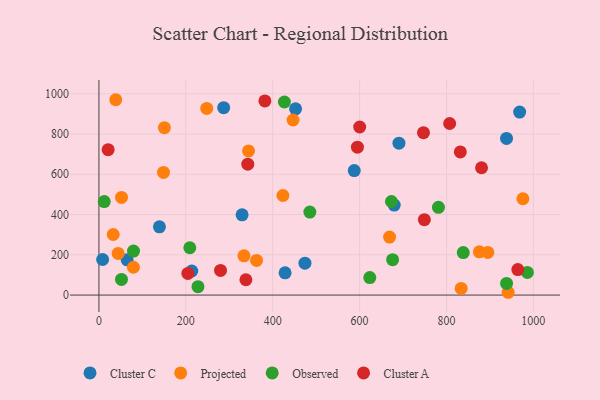
{"axis": {"x": "Engine Size", "y": "Exam Score"}, "legend": ["Cluster A", "Cluster C", "Observed", "Projected"], "data": [{"x": "690.6", "y": 754.4, "type": "Cluster C"}, {"x": "938.2", "y": 778.0, "type": "Cluster C"}, {"x": "64.9", "y": 174.9, "type": "Cluster C"}, {"x": "968.4", "y": 908.9, "type": "Cluster C"}, {"x": "287.1", "y": 930.7, "type": "Cluster C"}, {"x": "452.6", "y": 925.4, "type": "Cluster C"}, {"x": "139.3", "y": 339.1, "type": "Cluster C"}, {"x": "329.5", "y": 398.7, "type": "Cluster C"}, {"x": "428.5", "y": 110.6, "type": "Cluster C"}, {"x": "474.2", "y": 158.4, "type": "Cluster C"}, {"x": "587.7", "y": 618.3, "type": "Cluster C"}, {"x": "8.5", "y": 176.6, "type": "Cluster C"}, {"x": "679.7", "y": 446.9, "type": "Cluster C"}, {"x": "213.7", "y": 119.6, "type": "Cluster C"}, {"x": "79.4", "y": 138.3, "type": "Projected"}, {"x": "895.2", "y": 211.9, "type": "Projected"}, {"x": "32.9", "y": 300.9, "type": "Projected"}, {"x": "248.1", "y": 927.3, "type": "Projected"}, {"x": "942.0", "y": 13.9, "type": "Projected"}, {"x": "833.8", "y": 32.8, "type": "Projected"}, {"x": "150.7", "y": 831.8, "type": "Projected"}, {"x": "52.0", "y": 485.1, "type": "Projected"}, {"x": "423.5", "y": 494.7, "type": "Projected"}, {"x": "362.8", "y": 172.1, "type": "Projected"}, {"x": "875.7", "y": 214.7, "type": "Projected"}, {"x": "148.6", "y": 609.2, "type": "Projected"}, {"x": "669.0", "y": 288.1, "type": "Projected"}, {"x": "975.9", "y": 478.6, "type": "Projected"}, {"x": "38.7", "y": 970.4, "type": "Projected"}, {"x": "446.8", "y": 869.8, "type": "Projected"}, {"x": "344.4", "y": 716.0, "type": "Projected"}, {"x": "44.3", "y": 206.7, "type": "Projected"}, {"x": "333.8", "y": 194.8, "type": "Projected"}, {"x": "676.0", "y": 175.6, "type": "Observed"}, {"x": "79.6", "y": 218.8, "type": "Observed"}, {"x": "938.3", "y": 57.9, "type": "Observed"}, {"x": "673.3", "y": 464.9, "type": "Observed"}, {"x": "426.9", "y": 959.1, "type": "Observed"}, {"x": "51.9", "y": 77.7, "type": "Observed"}, {"x": "209.2", "y": 235.0, "type": "Observed"}, {"x": "781.5", "y": 435.8, "type": "Observed"}, {"x": "228.0", "y": 41.5, "type": "Observed"}, {"x": "986.2", "y": 112.5, "type": "Observed"}, {"x": "12.2", "y": 464.4, "type": "Observed"}, {"x": "623.5", "y": 87.1, "type": "Observed"}, {"x": "838.6", "y": 211.0, "type": "Observed"}, {"x": "485.5", "y": 412.4, "type": "Observed"}, {"x": "880.7", "y": 632.5, "type": "Cluster A"}, {"x": "807.3", "y": 852.4, "type": "Cluster A"}, {"x": "595.0", "y": 734.8, "type": "Cluster A"}, {"x": "600.2", "y": 834.9, "type": "Cluster A"}, {"x": "749.1", "y": 374.4, "type": "Cluster A"}, {"x": "338.3", "y": 76.0, "type": "Cluster A"}, {"x": "21.2", "y": 722.4, "type": "Cluster A"}, {"x": "747.0", "y": 806.7, "type": "Cluster A"}, {"x": "342.6", "y": 650.4, "type": "Cluster A"}, {"x": "964.2", "y": 126.7, "type": "Cluster A"}, {"x": "831.9", "y": 711.1, "type": "Cluster A"}, {"x": "279.9", "y": 122.4, "type": "Cluster A"}, {"x": "204.7", "y": 107.7, "type": "Cluster A"}, {"x": "382.0", "y": 964.3, "type": "Cluster A"}]}